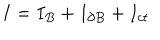
I = I _ { B } + I _ { \partial B } + I _ { c t }